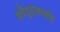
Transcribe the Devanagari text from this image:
कौतूहलव्रत्ति